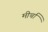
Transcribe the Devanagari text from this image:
मीर्चा